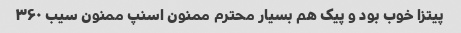
پیتزا خوب بود و پیک هم بسیار محترم ممنون اسنپ ممنون سیب ۳۶۰